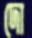
দো